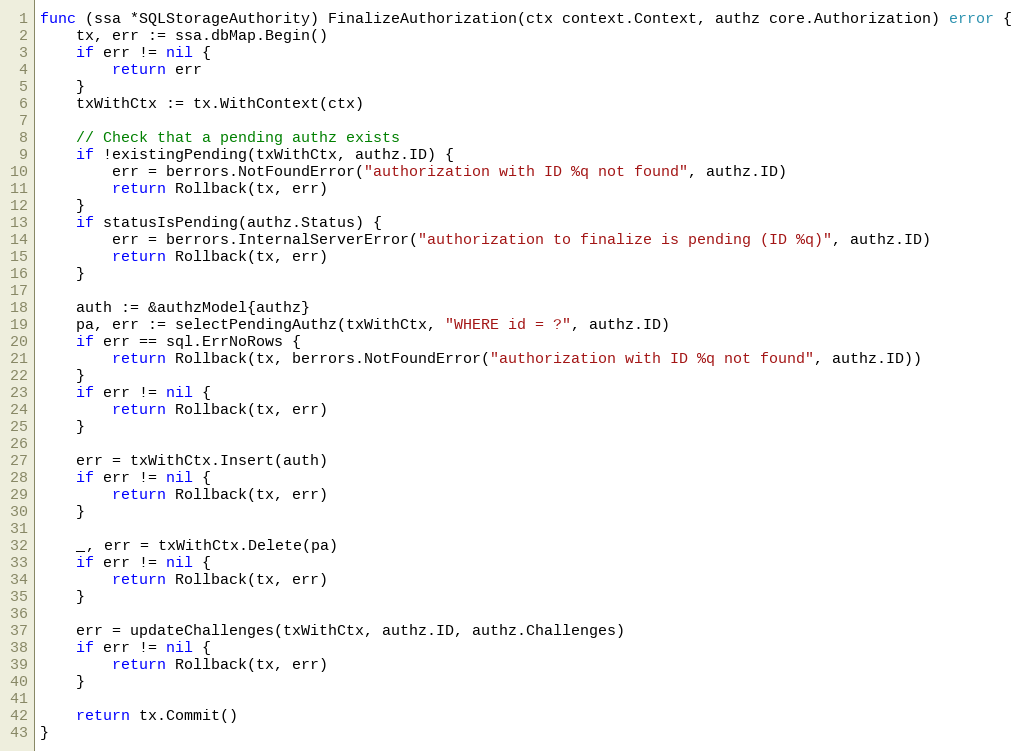
Language: Go
func (ssa *SQLStorageAuthority) FinalizeAuthorization(ctx context.Context, authz core.Authorization) error {
	tx, err := ssa.dbMap.Begin()
	if err != nil {
		return err
	}
	txWithCtx := tx.WithContext(ctx)

	// Check that a pending authz exists
	if !existingPending(txWithCtx, authz.ID) {
		err = berrors.NotFoundError("authorization with ID %q not found", authz.ID)
		return Rollback(tx, err)
	}
	if statusIsPending(authz.Status) {
		err = berrors.InternalServerError("authorization to finalize is pending (ID %q)", authz.ID)
		return Rollback(tx, err)
	}

	auth := &authzModel{authz}
	pa, err := selectPendingAuthz(txWithCtx, "WHERE id = ?", authz.ID)
	if err == sql.ErrNoRows {
		return Rollback(tx, berrors.NotFoundError("authorization with ID %q not found", authz.ID))
	}
	if err != nil {
		return Rollback(tx, err)
	}

	err = txWithCtx.Insert(auth)
	if err != nil {
		return Rollback(tx, err)
	}

	_, err = txWithCtx.Delete(pa)
	if err != nil {
		return Rollback(tx, err)
	}

	err = updateChallenges(txWithCtx, authz.ID, authz.Challenges)
	if err != nil {
		return Rollback(tx, err)
	}

	return tx.Commit()
}